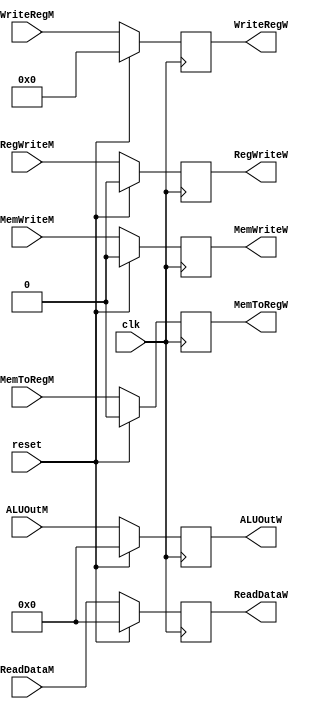
module RegW(
  input               clk, reset,
  input       [31:0]  ALUOutM,
  input       [31:0]  ReadDataM,
  input       [4:0]   WriteRegM,
  input               RegWriteM,
  input               MemWriteM,
  input               MemToRegM,
  output  reg [31:0]  ALUOutW,
  output  reg [31:0]  ReadDataW,
  output  reg [4:0]   WriteRegW,
  output  reg         RegWriteW,
  output  reg         MemWriteW,
  output  reg         MemToRegW
  );
  
  initial
  begin
    ALUOutW   <= 0;
    ReadDataW <= 0;
    WriteRegW <= 0;
    RegWriteW <= 0;
    MemWriteW <= 0;
    MemToRegW <= 0;
  end
  
  always @(posedge clk)
  begin
    if (reset)
    begin
      ALUOutW   <= 0;
      ReadDataW <= 0;
      WriteRegW <= 0;
      RegWriteW <= 0;
      MemWriteW <= 0;
      MemToRegW <= 0;
    end
    else
    begin
      ALUOutW   <= ALUOutM;
      ReadDataW <= ReadDataM;
      WriteRegW <= WriteRegM;
      RegWriteW <= RegWriteM;
      MemWriteW <= MemWriteM;
      MemToRegW <= MemToRegM;
    end
  end
  
endmodule